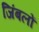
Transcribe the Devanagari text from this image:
जिंबलों